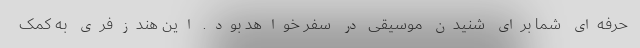
حرفه‌ای شما برای شنیدن موسیقی در سفر خواهد بود. این هندزفری به کمک